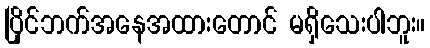
ပြိုင်ဘက်အနေအထားတောင် မရှိသေးပါဘူး။